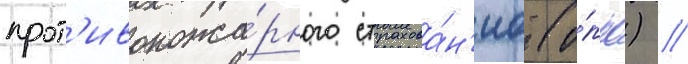
прот'ивопожа́рного страхова́н'иа (о́ппс) //